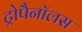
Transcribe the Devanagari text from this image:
ट्रोपैनॉलस